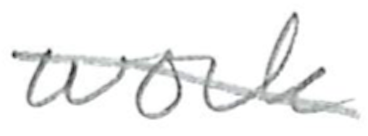
Text: work
Cross-out: diagonal
Writing tool: pencil